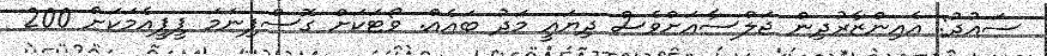
ސައުދު: އެއިންޒާރުދިން ޖަލްސާއަށްވެސް ދިޔައީ މަދު ބައެއް. ވޯޓަކަށް ގޮސްފިނަމަ ޕީޕީއެމަކަށް 200